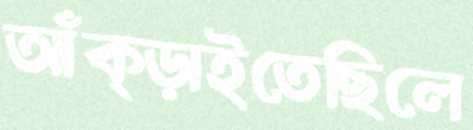
আঁক্‌ড়াইতেছিলে